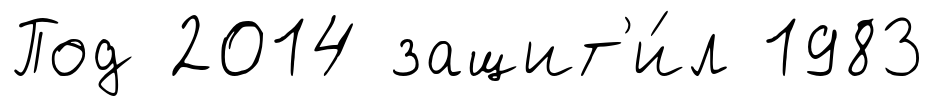
Под 2014 защит'и́л 1983